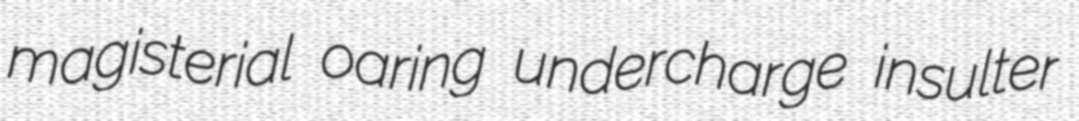
magisterial oaring undercharge insulter